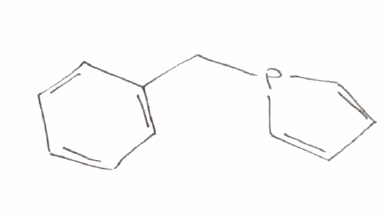
Simplified molecular-input line-entry system (SMILES) notation of the given molecule:
C1=CC=C(C=C1)CP2C=CC=C2